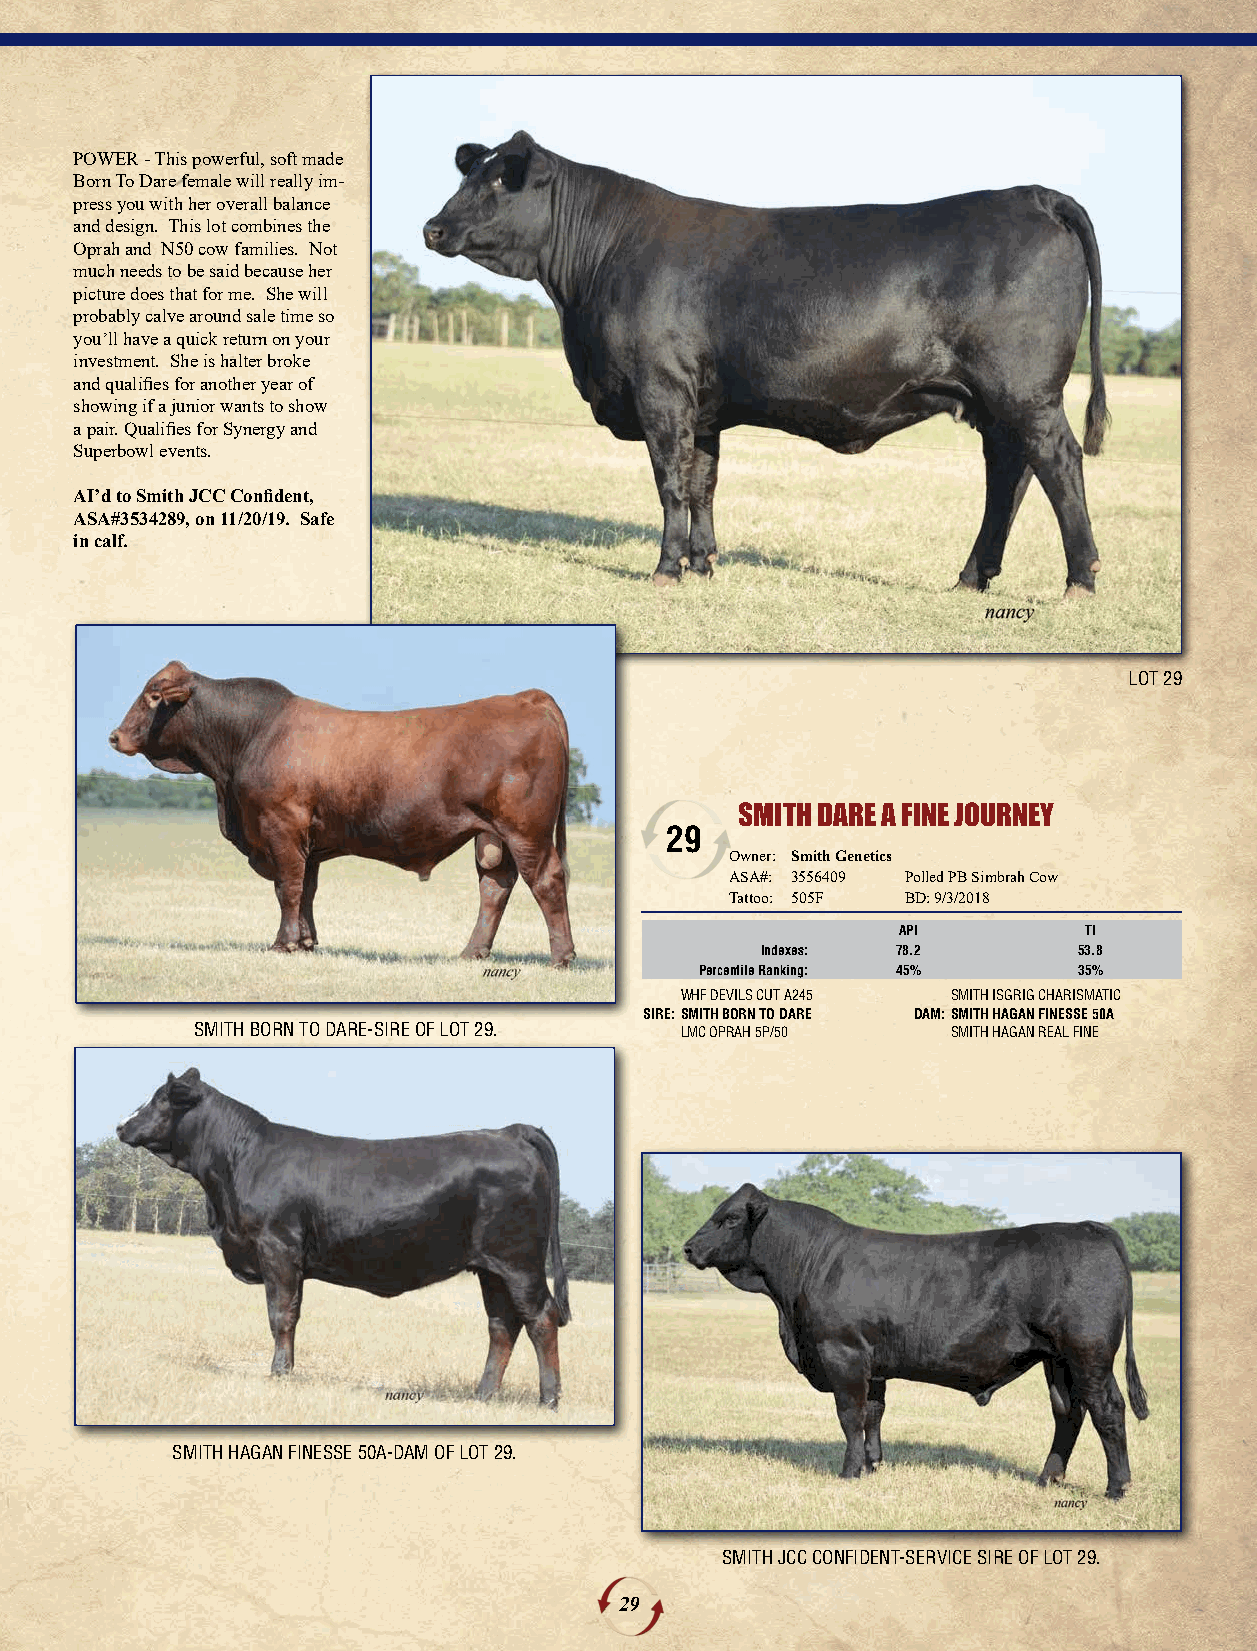
POWER - This powerful, soft made
 Born To Dare female will really im-
 press you with her overall balance
 and design. This lot combines the
 Oprah and N50 cow families. Not
 much needs to be said because her
 picture does that for me. She will
 probably calve around sale time so
 you’ll have a quick return on your
 investment. She is halter broke
 and qualifies for another year of
 showing if a junior wants to show
 a pair. Qualifies for Synergy and
 Superbowl events.
 AI’d to Smith JCC Confident,
 ASA#3534289, on 11/20/19. Safe
 in calf.
 LOT 29
 SMITH DARE A FINE JOURNEY
 29
 Owner: Smith Genetics
 ASA#: 3556409 Polled PB Simbrah Cow
 Tattoo: 505F BD: 9/3/2018
 API          TI
 Indexes: 78.2        53.8
 Percentile Ranking: 45%  35%
 WHF DEVILS CUT A245 SMITH ISGRIG CHARISMATIC
 SIRE:SMITH BORN TO DARE DAM:SMITH HAGAN FINESSE 50A
 SMITH BORN TO DARE-SIRE OF LOT 29. LMC OPRAH 5P/50 SMITH HAGAN REAL FINE
 SMITH HAGAN FINESSE 50A-DAM OF LOT 29.
 SMITH JCC CONFIDENT-SERVICE SIRE OF LOT 29.
 29